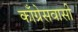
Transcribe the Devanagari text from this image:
काँग्रेसवासी